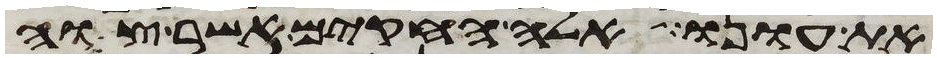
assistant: את עונו אלה החקים אשר צוה